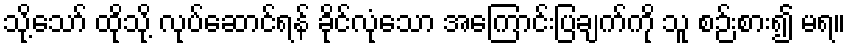
သို့သော် ထိုသို့ လုပ်ဆောင်ရန် ခိုင်လုံသော အကြောင်းပြချက်ကို သူ စဉ်းစား၍ မရ။